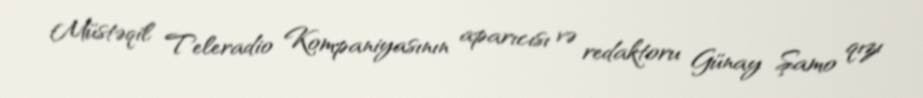
Müstəqil Teleradio Kompaniyasının aparıcısı və redaktoru Günay Şamo qızı